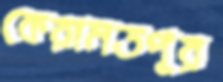
কেরামতপুর